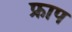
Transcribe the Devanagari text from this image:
फ्राप